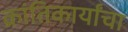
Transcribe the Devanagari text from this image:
क्रांतिकार्यांचा